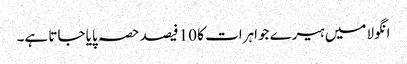
انگولا میں ہیرے جواہرات کا 10 فیصد حصہ پایا جاتا ہے۔